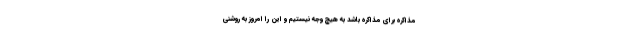
مذاکره برای مذاکره باشد به هیچ وجه نیستیم و این را امروز به روشنی